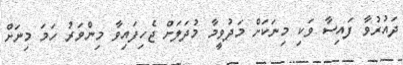
ދައުރުވާ ފައިސާ ވަކި މިނަކަށް މަދުވީމާ މުދަލަށް ޖެހިފައިވާ މިންވަރު ހަމަ މިނަށް